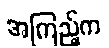
အကြည့်က